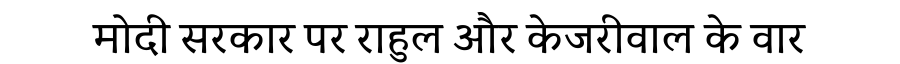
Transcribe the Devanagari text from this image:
मोदी सरकार पर राहुल और केजरीवाल के वार